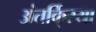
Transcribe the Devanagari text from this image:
अंतर्कि्रया